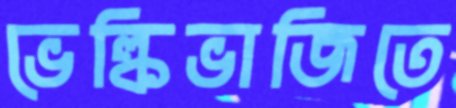
ভেল্কিভাজিতে